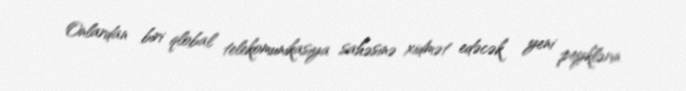
Onlardan biri qlobal telekomunikasiya sahəsinə xidmət edəcək yeni peyklərin